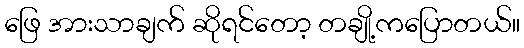
ဖြေ အားသာချက် ဆိုရင်တော့ တချို့ကပြောတယ်။